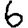
Digit: 6